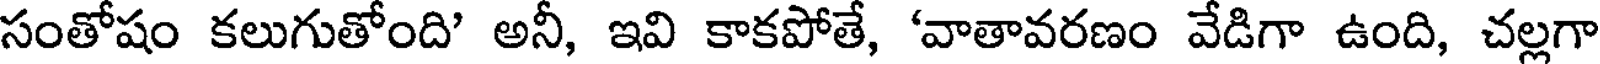
సంతోషం కలుగుతోంది' అనీ, ఇవి కాకపోతే, 'వాతావరణం వేడిగా ఉంది, చల్లగా